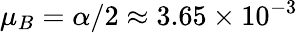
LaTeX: \mu_{B}=\alpha/2\approx 3.65\times 10^{-3}